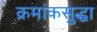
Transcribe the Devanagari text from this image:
क्रमांकसुद्धा